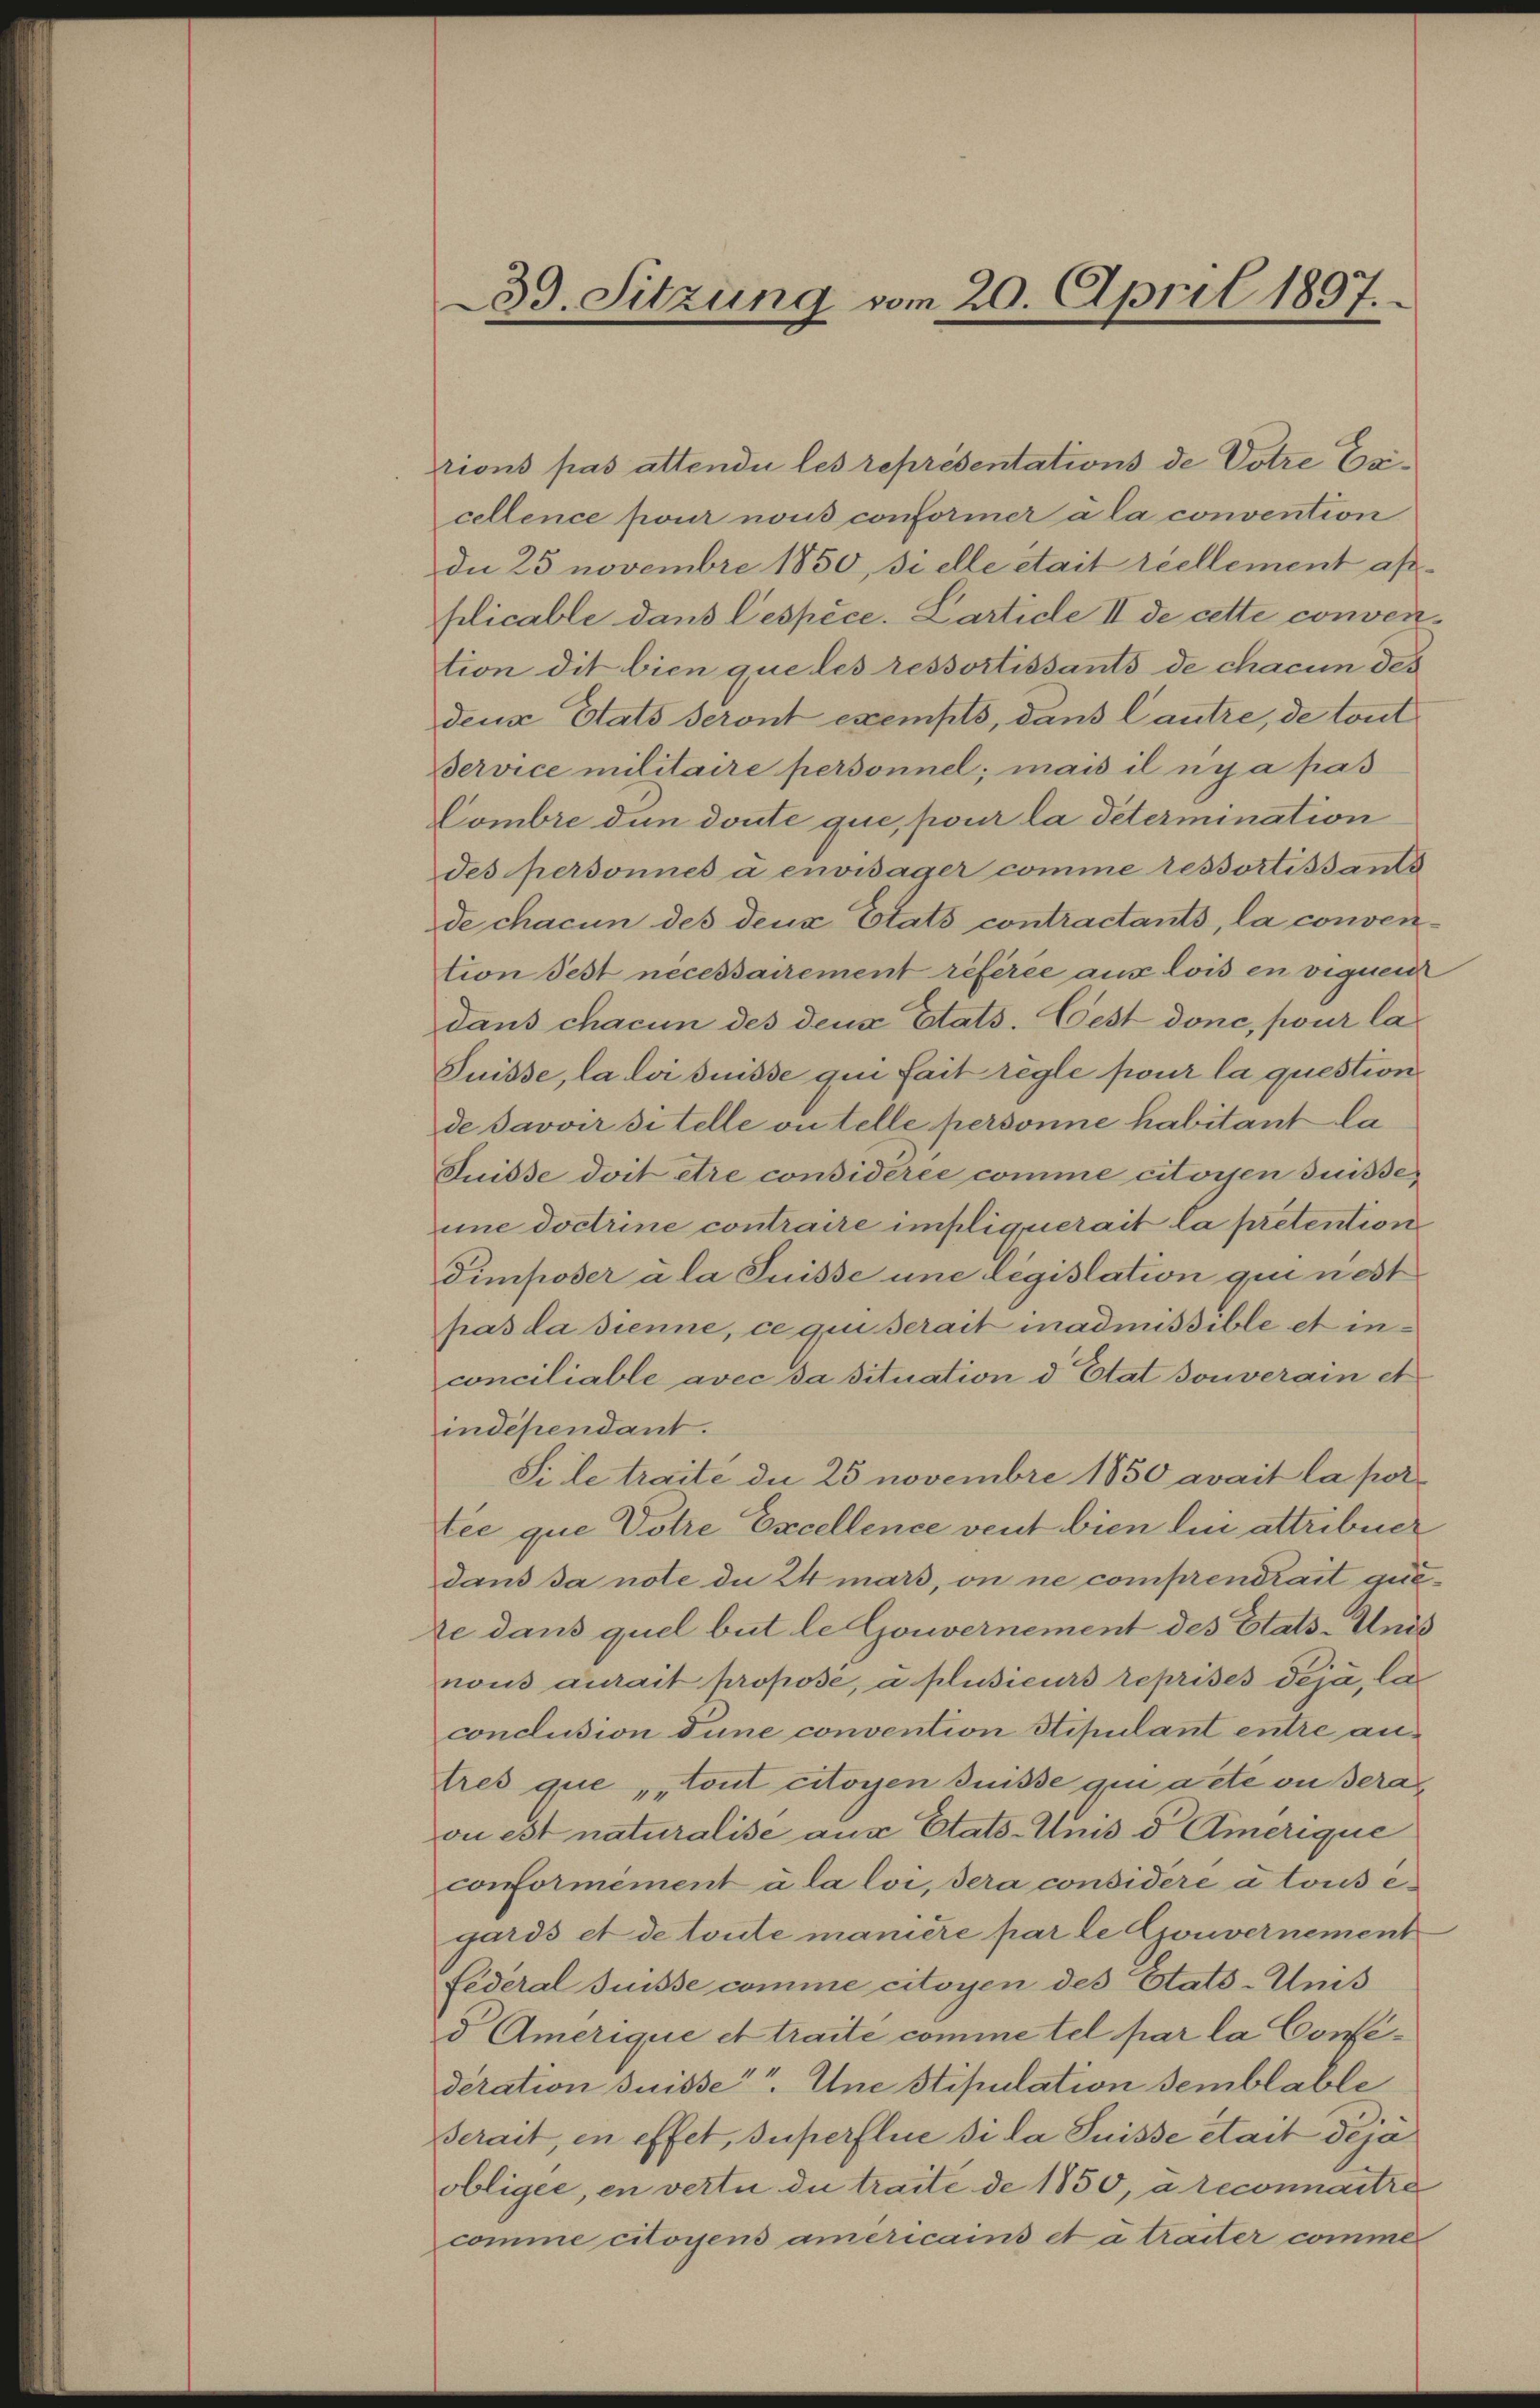
33. Sitzung vom 20. April 1897.

rions pas attendii les représentations de Votre Ericellence pour nous conformer a la convention
de 25 novembre 1850, si elle était reellement applicable dans lespèce. Larticle II de cette convention dit bien que les ressortissants de chacun des
deus Etats Seront exempts, dans lautre, de tout
Service militaire personnel; mais il nya pas
Combre den doute que, pour la détermination
des personnes a envisager comme ressortissants
de chacun des deux Etats contractants, la convention fest nécessairement référée aus lois en viguen
dans chacun des dens Etats. Fest donc, pour la
Suisse, la loi suisse qui fait regle pour la question
de Javoir ditelle ou telle personne habitant la
Suisse doit être considérée comme citoyen duisse
une Doctrine contraire impliquerait la pretention
Timposer a la Suisse une législation qui nest
pas la dienne, ce qui serait inadmissible et inconciliable avec da situation d Etat douverain et
indépendant.
Si le traite die 25 novembre 1850 avait la por
tee que Votre Excellence vent bien ein attribuer
dann da note de 24 mars, on ne comprendrait auste dans quel but le Gouvernement des Etats-Unis
nous aurait propose, u. plusieurs reprises deja, la
conclusion dune convention Stipulant entre aus
tres que tout citoyen dnisse qui acte ou dera
on est naturalise aus Etats-Anis d Amerique
conformément à la loi, dera considere a tous e
gards et de toute manière par le Gouvernement
Federal Suisse comme citoyen des Etats-Ums
d Amerique et traite comme tel par la Confederation suisse Une Stipulation semblable
Serait, in effet, superflie si la Suisse était dejäobligee, en vertu du traite de 1850, a reconnaitre
comme citoyens americains et a traiter comme